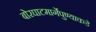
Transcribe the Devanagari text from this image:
बोरघाटमार्गेपुण्याकडे